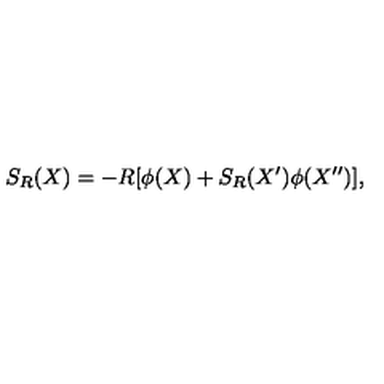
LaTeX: S _ { R } ( X ) = - R [ \phi ( X ) + S _ { R } ( X ^ { \prime } ) \phi ( X ^ { \prime \prime } ) ] ,